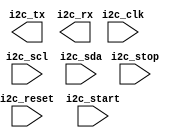
module i2c_controller(
    input wire i2c_clk,
    input wire i2c_reset,
    input wire i2c_start,
    input wire i2c_stop,
    input wire i2c_scl,
    input wire i2c_sda,
    output wire i2c_tx,
    output wire i2c_rx
);

// Timing control logic for generating clock signals
reg i2c_clk_gen;

always@(posedge i2c_clk or posedge i2c_reset) begin
    if(i2c_reset) begin
        i2c_clk_gen <= 1'b0;
    end else begin
        if(i2c_clk_gen) begin
            i2c_clk_gen <= 1'b0;
        end else begin
            i2c_clk_gen <= 1'b1;
        end
    end
end

// Synchronization logic for data transfer
reg [7:0] i2c_data;
reg [2:0] i2c_state;

always@(posedge i2c_clk_gen or posedge i2c_reset) begin
    if(i2c_reset) begin
        i2c_data <= 8'd0;
        i2c_state <= 3'd0;
    end else begin
        case(i2c_state)
            3'd0: begin // Idle state
                if(i2c_start) begin
                    i2c_state <= 3'd1;
                end
            end
            3'd1: begin // Start condition
                // Perform start condition operations
                i2c_state <= 3'd2;
            end
            // Add more states for data transmission and reception
        endcase
    end
end

// Error checking mechanisms
// Add error checking mechanisms as needed

endmodule